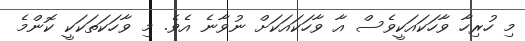
މި ހުރިހާ ވާހަކައަކީވެސް އާ ވާހަކައަކަށް ނުވާނެ އެވެ. މި ވާހަކަތަކަކީ ކޮންމެ